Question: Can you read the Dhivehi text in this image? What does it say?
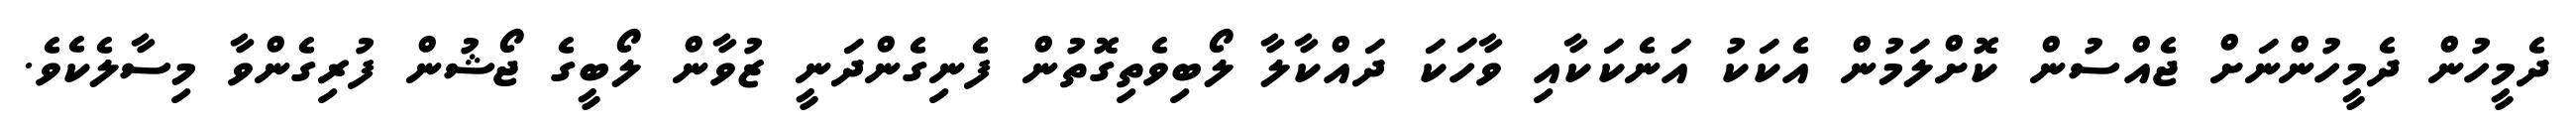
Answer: ދެމީހުން ދެމީހުންނަށް ޖެއްސުން ކޮށްލަމުން އެކަކު އަނެކަކާއި ވާހަކަ ދައްކާލާ ލޯބިވެތިގޮތުން ފެނިގެންދަނީ ޒުވާން ލޯބީގެ ޖޯޝުން ފުރިގެންވާ މިސާލެކެވެ.